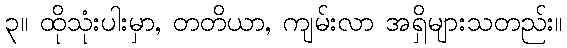
၃။ ထိုသုံးပါးမှာ, တတိယာ, ကျမ်းလာ အရှိများသတည်း။